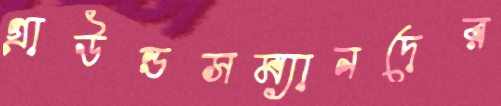
গ্রাউন্ডসম্যানদের